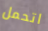
اتحمل